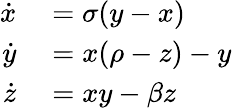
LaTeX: \begin{array}{rl}{\dot{x}}&{{}=\sigma(y-x)}\\ {\dot{y}}&{{}=x(\rho-z)-y}\\ {\dot{z}}&{{}=xy-\beta z}\end{array}